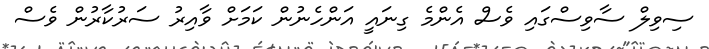
ސިވިލް ސާވިސްގައި ވެސް އެންމެ ގިނައީ އަންހެނުން ކަމަށް ވާއިރު ސަރުކާރުން ވެސް